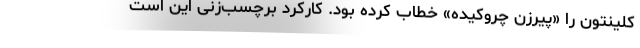
کلینتون را «پیرزن چروکیده» خطاب کرده بود. کارکرد برچسب‌زنی این است